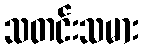
သတင်းသမား